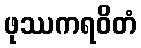
ဖုဿကရဝိတံ